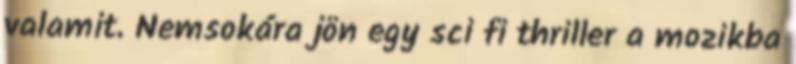
valamit. Nemsokára jön egy sci fi thriller a mozikba